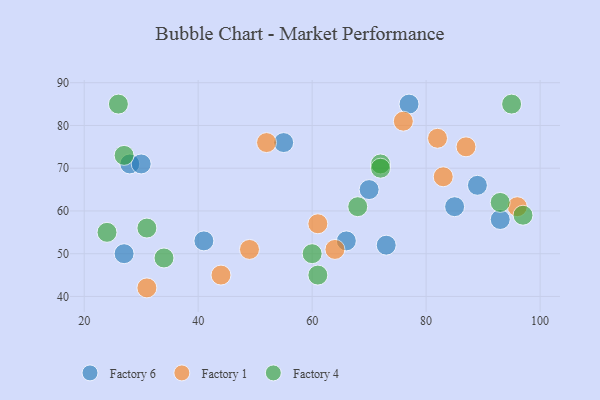
{"axis": {"x": "GDP", "y": "Life Expectancy"}, "legend": ["Factory 1", "Factory 4", "Factory 6"], "data": [{"x": "41", "y": 53, "type": "Factory 6"}, {"x": "89", "y": 66, "type": "Factory 6"}, {"x": "28", "y": 71, "type": "Factory 6"}, {"x": "77", "y": 85, "type": "Factory 6"}, {"x": "70", "y": 65, "type": "Factory 6"}, {"x": "73", "y": 52, "type": "Factory 6"}, {"x": "66", "y": 53, "type": "Factory 6"}, {"x": "30", "y": 71, "type": "Factory 6"}, {"x": "55", "y": 76, "type": "Factory 6"}, {"x": "85", "y": 61, "type": "Factory 6"}, {"x": "27", "y": 50, "type": "Factory 6"}, {"x": "93", "y": 58, "type": "Factory 6"}, {"x": "83", "y": 68, "type": "Factory 1"}, {"x": "87", "y": 75, "type": "Factory 1"}, {"x": "44", "y": 45, "type": "Factory 1"}, {"x": "82", "y": 77, "type": "Factory 1"}, {"x": "96", "y": 61, "type": "Factory 1"}, {"x": "31", "y": 42, "type": "Factory 1"}, {"x": "64", "y": 51, "type": "Factory 1"}, {"x": "49", "y": 51, "type": "Factory 1"}, {"x": "52", "y": 76, "type": "Factory 1"}, {"x": "61", "y": 57, "type": "Factory 1"}, {"x": "76", "y": 81, "type": "Factory 1"}, {"x": "95", "y": 85, "type": "Factory 4"}, {"x": "72", "y": 71, "type": "Factory 4"}, {"x": "60", "y": 50, "type": "Factory 4"}, {"x": "24", "y": 55, "type": "Factory 4"}, {"x": "93", "y": 62, "type": "Factory 4"}, {"x": "61", "y": 45, "type": "Factory 4"}, {"x": "27", "y": 73, "type": "Factory 4"}, {"x": "72", "y": 70, "type": "Factory 4"}, {"x": "34", "y": 49, "type": "Factory 4"}, {"x": "68", "y": 61, "type": "Factory 4"}, {"x": "97", "y": 59, "type": "Factory 4"}, {"x": "26", "y": 85, "type": "Factory 4"}, {"x": "31", "y": 56, "type": "Factory 4"}]}